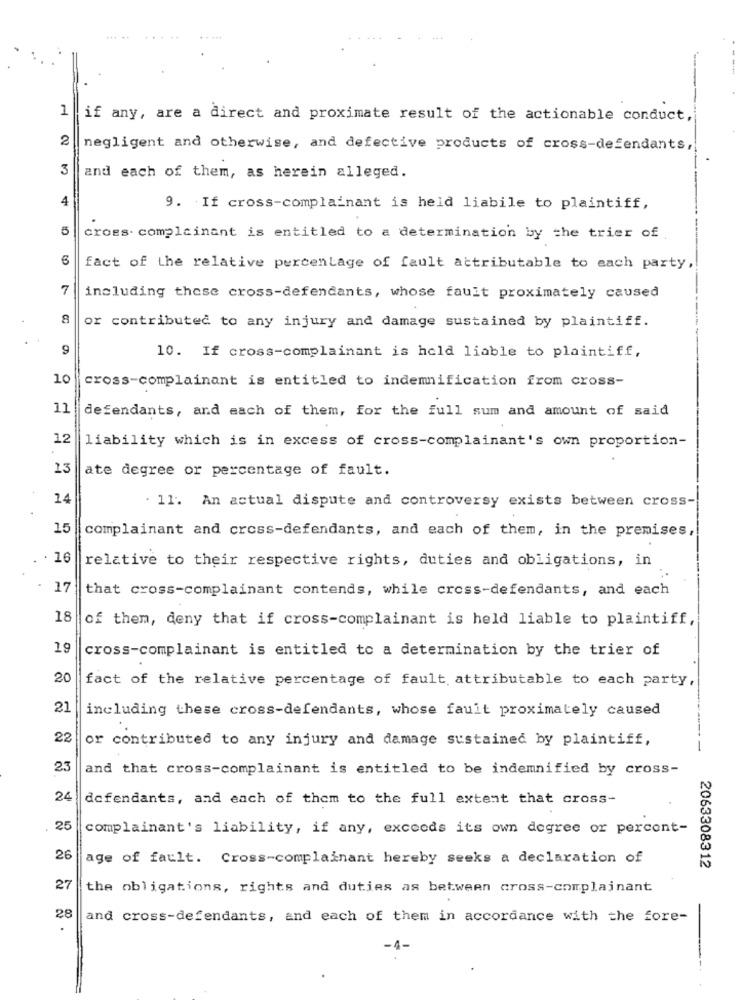
1
if any, are a direct and proximate result of the actionable conduct,
2
negligent and otherwise, and defective products of cross-defendants,
3
and each of them, as herein alleged.
4
9. If cross-complainant is held liabile to plaintiff,
5
cross. complainant is entitled to a determination by the trier of
6
fact of the relative percentage of fault attributable to each party,
7
including these cross-defendants, whose fault proximately caused
or contributed to any injury and damage sustained by plaintiff.
9
10. If cross-complainant is held liable to plaintiff,
10
cross-complainant is entitled to indemnification from cross-
11
defendants, and each of them, for the full sum and amount of said
12
liability which is in excess of cross-complainant's own proportion-
13
ate degree or percentage of fault.
14
. 11. An actual dispute and controversy exists between cross-
15
complainant and cross-defendants, and each of them, in the premises,
· 16
relative to their respective rights, duties and obligations, in
17
that cross-complainant contends, while cross-defendants, and each
18
of them, deny that if cross-complainant is held liable to plaintiff,
19
cross-complainant is entitled to a determination by the trier of
20
fact of the relative percentage of fault attributable to each party,
21
including these cross-defendants, whose fault proximately caused
22
or contributed to any injury and damage sustained by plaintiff,
-
23
and that cross-complainant is entitled to be indemnified by cross-
24
defendants, and each of them to the full extent that cross-
25
complainant's liability, if any, exceeds its own degree or percont-
26
age of fault. Cross-complainant hereby seeks a declaration of
2063308312
27
the obligations, rights and duties as between cross-complainant
28
and cross-defendants, and each of them in accordance with the fore-
-4-